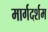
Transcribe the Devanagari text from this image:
मार्गदर्शम